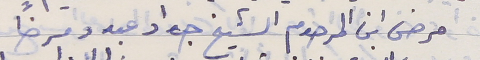
مرض ابن المرحوم الشيخ جواد عبدو مرضاً